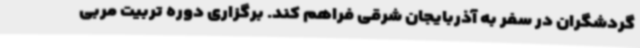
گردشگران در سفر به آذربایجان شرقی فراهم کند. برگزاری دوره تربیت مربی